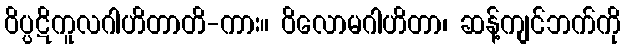
ဝိပ္ပဋိကူလဂါဟိတာတိ-ကား။ ဝိလောမဂါဟိတာ၊ ဆန့်ကျင်ဘက်ကို